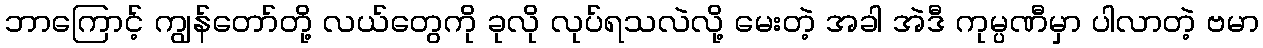
ဘာကြောင့် ကျွန်တော်တို့ လယ်တွေကို ခုလို လုပ်ရသလဲလို့ မေးတဲ့ အခါ အဲဒီ ကုမ္ပဏီမှာ ပါလာတဲ့ ဗမာ